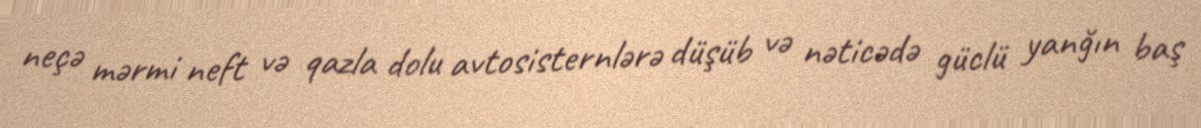
neçə mərmi neft və qazla dolu avtosisternlərə düşüb və nəticədə güclü yanğın baş